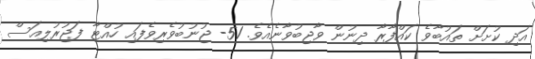
އަދި ކުށަށް ތައުބާވެ ކައްފާރާ ދިނުން ވާޖިބުވާނެއެވެ. 51- ޖުނުބުވެރިވެފައި ހުއްޓާ ފަޖުރުލިއަސް